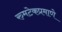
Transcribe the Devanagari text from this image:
रुमटेकप्रमाणे